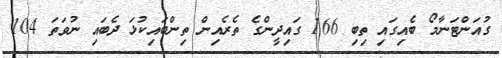
ގުއަންޓަނާމޯ ބެއިގައި ތިބި 166 ގައިދީންގެ ތެރެއިން ތިންބައިކުޅަ ދެބައި ނުވަތަ 104